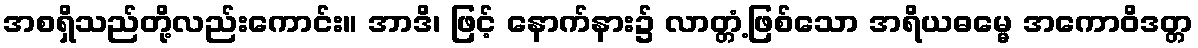
အစရှိသည်တို့လည်းကောင်း။ အာဒိ၊ ဖြင့် နောက်နား၌ လာတ္တံ့ဖြစ်သော အရိယဓမ္မေ အကောဝိဒတ္တ